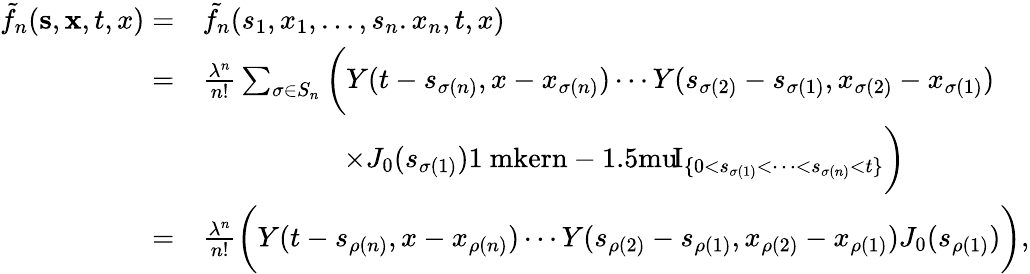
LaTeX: \begin{array}{rl}{\tilde{f}_{n}(\mathbf{s},\mathbf{x},t,x)=}&{\tilde{f_{n}}(s_{1},x_{1},\dots,s_{n}.x_{n},t,x)}\\ {=}&{\frac{\lambda^{n}}{n!}\sum_{\sigma\in S_{n}}\bigg(Y(t-s_{\sigma(n)},x-x_{\sigma(n)})\cdots Y(s_{\sigma(2)}-s_{\sigma(1)},x_{\sigma(2)}-x_{\sigma(1)})}\\ &{\qquad\qquad\quad\times J_{0}(s_{\sigma(1)}){\mathrm{1\ mkern-1.5mu}\! \mathrm{I}}_{\{ 0<s_{\sigma(1)}<\dots<s_{\sigma(n)}<t\} }\bigg)}\\ {=}&{\frac{\lambda^{n}}{n!}\bigg(Y(t-s_{\rho(n)},x-x_{\rho(n)})\cdots Y(s_{\rho(2)}-s_{\rho(1)},x_{\rho(2)}-x_{\rho(1)})J_{0}(s_{\rho(1)})\bigg),}\end{array}